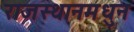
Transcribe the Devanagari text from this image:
राजस्थानमधुन